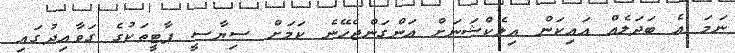
ނަމަ އެ ބަދަލެއް އައިކަން އިލެކްޝަނަށް އަންގަންޖެހޭނެ ކަމަށް ސިޔާސީ ޕާޓީތަކުގެ ގަވާއިދުގައި